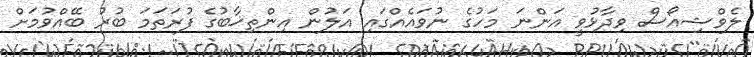
ލެވްޝިއޯސް ވިދާޅުވީ އަންނަ މަހުގެ ނުވައެއްގައި އަލުން އިންތިޚާބުގެ ފުރަތަމަ ބުރު ބޭއްވުމަށް